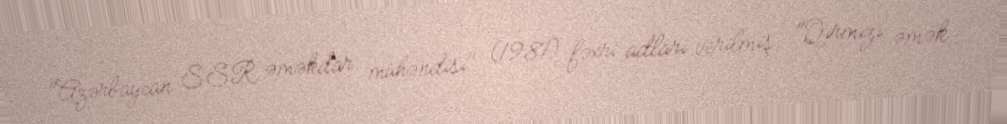
"Azərbaycan SSR əməkdar mühəndisi" (1981) fəxri adları verilmiş, "Qırmızı əmək